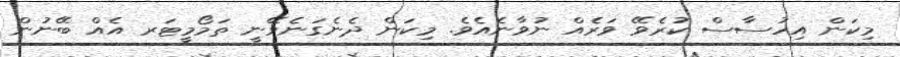
މިކަން އިހުސާސް ކުރެވޭ ވަރެއް ނުވާނެއެވެ. މިކަން ދެނެގަނެވޭނީ ތަމޯމީޓަރ އެއް ބޭނުން